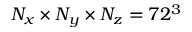
N _ { x } \times N _ { y } \times N _ { z } = 7 2 ^ { 3 }